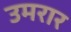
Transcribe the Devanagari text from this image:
उमरार